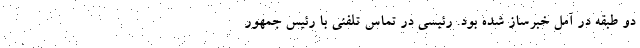
دو طبقه در آمل خبرساز شده بود. رئیسی در تماس تلفنی با رئیس جمهور